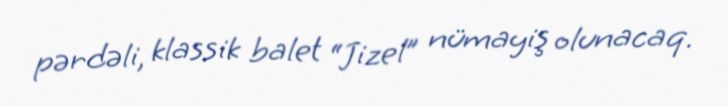
pərdəli, klassik balet “Jizel” nümayiş olunacaq.